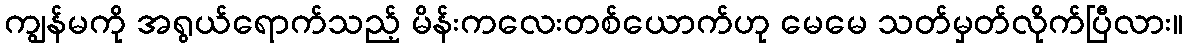
ကျွန်မကို အရွယ်ရောက်သည့် မိန်းကလေးတစ်ယောက်ဟု မေမေ သတ်မှတ်လိုက်ပြီလား။